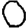
Digit: 0